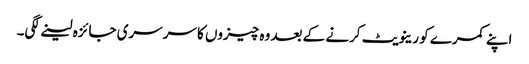
اپنے کمرے کو رینویٹ کرنے کے بعد وہ چیزوں کا سرسری جائزہ لینے لگی۔